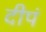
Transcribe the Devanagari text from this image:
दीपं